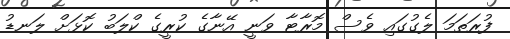
ފުރަތަމަ ލެގުގައި ވެސް މޮރާޓާ ވަނީ އޭނާގެ ކުރީގެ ކްލަބު ކޮޅަށް ލަނޑު